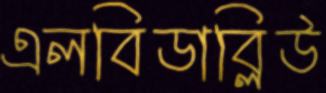
এলবিডাব্লিউ